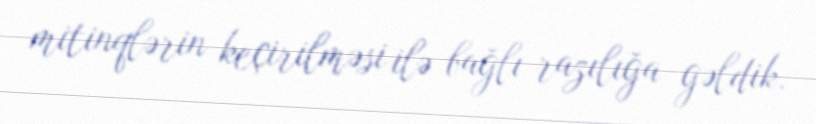
mitinqlərin keçirilməsi ilə bağlı razılığa gəldik.